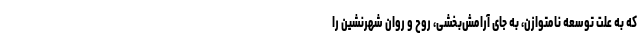
که به علت توسعه نامتوازن، به جای آرامش‌بخشی، روح و روان شهرنشین را